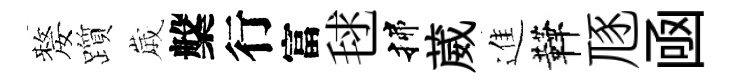
嫠躓𡻕槃行富毬揲葳進鞾豗凾